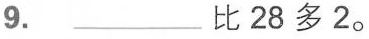
9. ___比28多2。